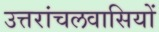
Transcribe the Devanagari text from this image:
उत्तरांचलवासियों